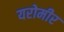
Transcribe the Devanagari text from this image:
यरोमीर